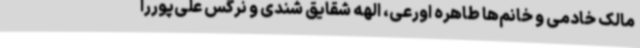
مالک خادمی و خانم‌ها طاهره اورعی، الهه شقایق شندی و نرگس علی‌پوررا